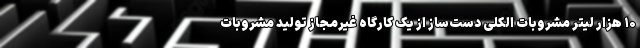
۱۰ هزار لیتر مشروبات الکلی دست‌ساز از یک کارگاه غیرمجاز تولید مشروبات